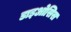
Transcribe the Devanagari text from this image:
डाइओसिस